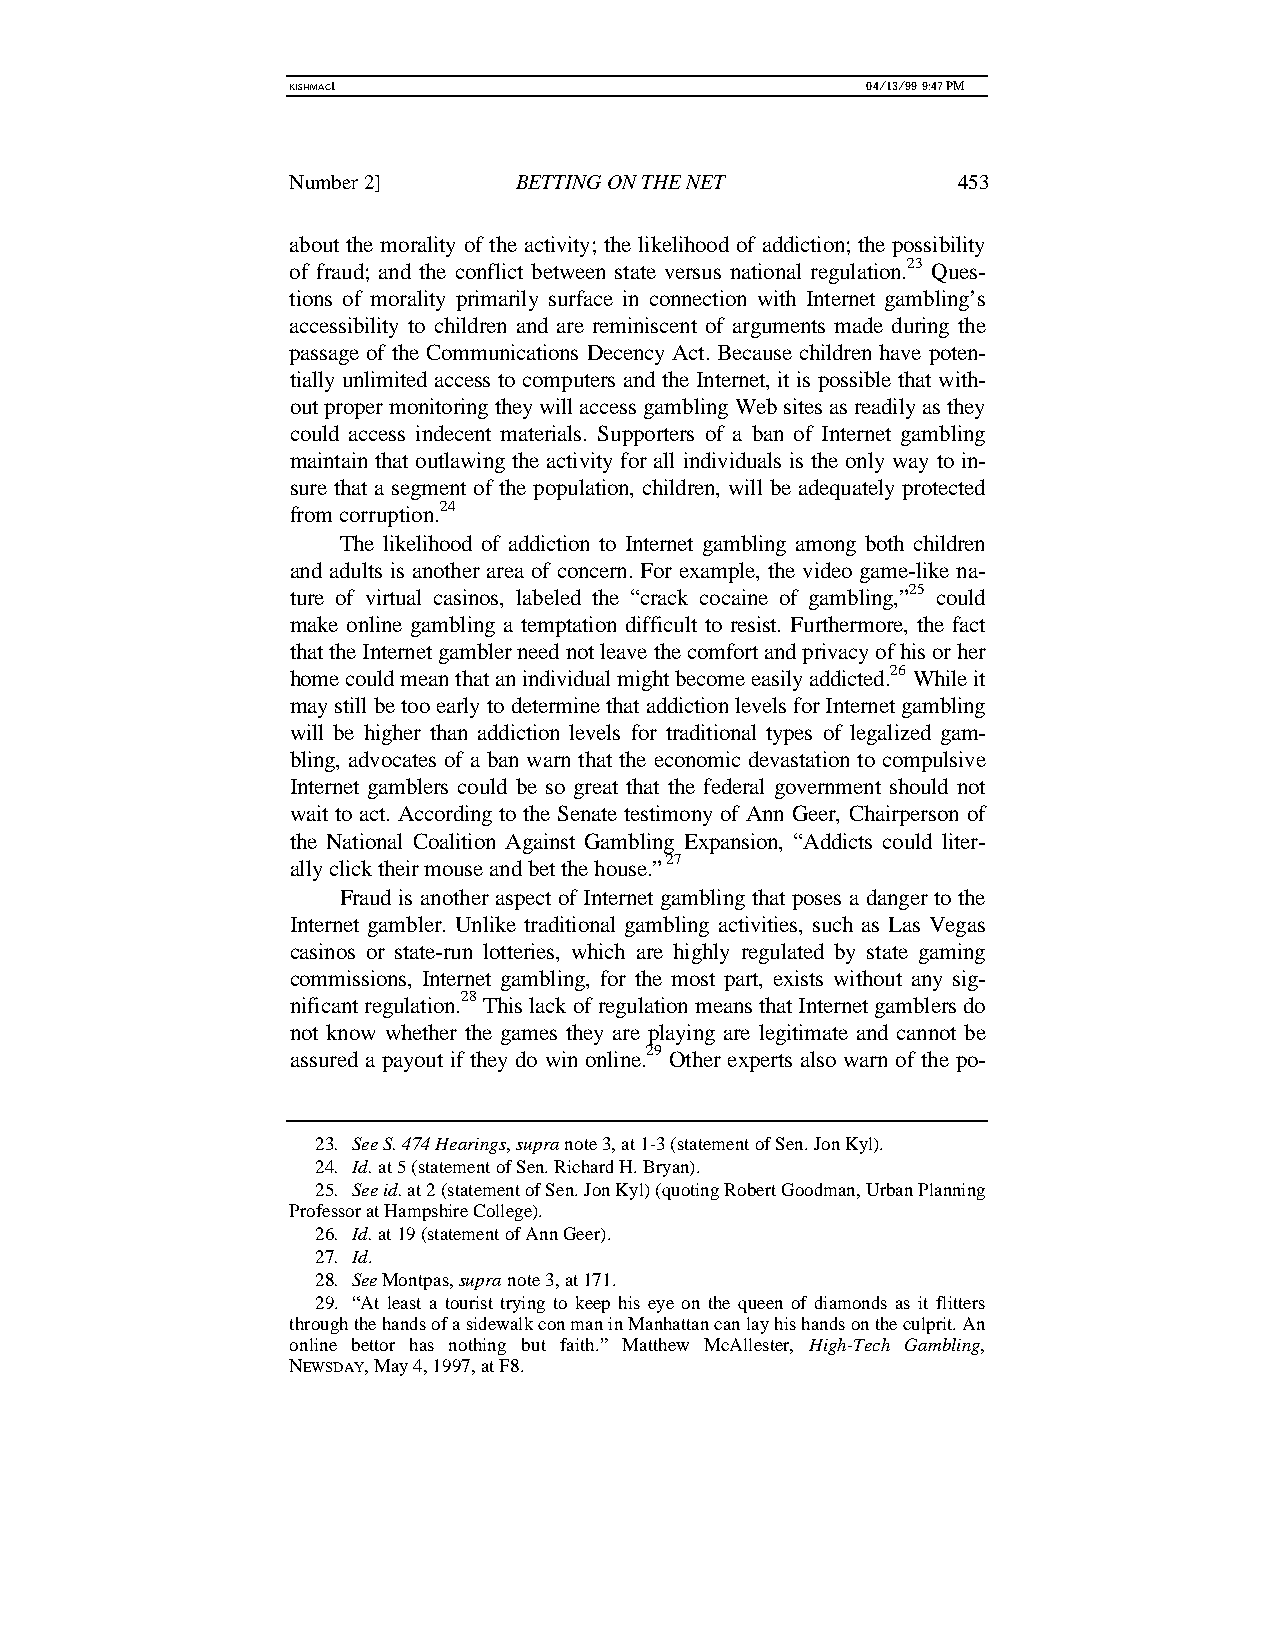
KISHMAC1                              04/13/99 9:47 PM
 Number 2]      BETTING ON THE NET           453
 about the morality of the activity; the likelihood of addiction; the possibility
 of fraud; and the conflict between state versus national regulation.23 Ques-
 tions of morality primarily surface in connection with Internet gambling’s
 accessibility to children and are reminiscent of arguments made during the
 passage of the Communications Decency Act. Because children have poten-
 tially unlimited access to computers and the Internet, it is possible that with-
 out proper monitoring they will access gambling Web sites as readily as they
 could access indecent materials. Supporters of a ban of Internet gambling
 maintain that outlawing the activity for all individuals is the only way to in-
 sure that a segment of the population, children, will be adequately protected
 from corruption.24
 The likelihood of addiction to Internet gambling among both children
 and adults is another area of concern. For example, the video game-like na-
 ture of virtual casinos, labeled the “crack cocaine of gambling,”25 could
 make online gambling a temptation difficult to resist. Furthermore, the fact
 that the Internet gambler need not leave the comfort and privacy of his or her
 home could mean that an individual might become easily addicted.26 While it
 may still be too early to determine that addiction levels for Internet gambling
 will be higher than addiction levels for traditional types of legalized gam-
 bling, advocates of a ban warn that the economic devastation to compulsive
 Internet gamblers could be so great that the federal government should not
 wait to act. According to the Senate testimony of Ann Geer, Chairperson of
 the National Coalition Against Gambling Expansion, “Addicts could liter-
 ally click their mouse and bet the house.” 27
 Fraud is another aspect of Internet gambling that poses a danger to the
 Internet gambler. Unlike traditional gambling activities, such as Las Vegas
 casinos or state-run lotteries, which are highly regulated by state gaming
 commissions, Internet gambling, for the most part, exists without any sig-
 nificant regulation.28 This lack of regulation means that Internet gamblers do
 not know whether the games they are playing are legitimate and cannot be
 assured a payout if they do win online.29 Other experts also warn of the po-
 23. See S. 474 Hearings, supra note 3, at 1-3 (statement of Sen. Jon Kyl).
 24. Id. at 5 (statement of Sen. Richard H. Bryan).
 25. See id. at 2 (statement of Sen. Jon Kyl) (quoting Robert Goodman, Urban Planning
 Professor at Hampshire College).
 26. Id. at 19 (statement of Ann Geer).
 27. Id.
 28. See Montpas, supra note 3, at 171.
 29. “At least a tourist trying to keep his eye on the queen of diamonds as it flitters
 through the hands of a sidewalk con man in Manhattan can lay his hands on the culprit. An
 online bettor has nothing but faith.” Matthew McAllester, High-Tech Gambling,
 NEWSDAY, May 4, 1997, at F8.